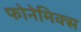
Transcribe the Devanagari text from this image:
फोनेमिक्स